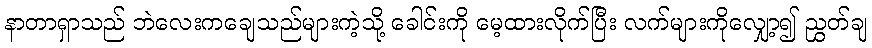
နာတာရှာသည် ဘဲလေးကချေသည်များကဲ့သို့ ခေါင်းကို မေ့ထားလိုက်ပြီး လက်များကိုလျှော့၍ ညွှတ်ချ